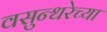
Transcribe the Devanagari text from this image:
वसुन्धरेच्या